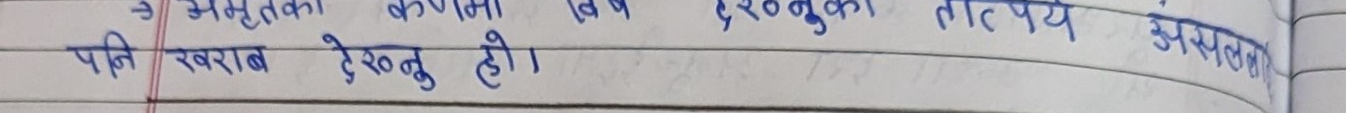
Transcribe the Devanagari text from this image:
=> मृतकका कुरामा खेल्नुको तात्पर्य असफल पनि खराब देख्नु हो।